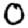
Digit: 0